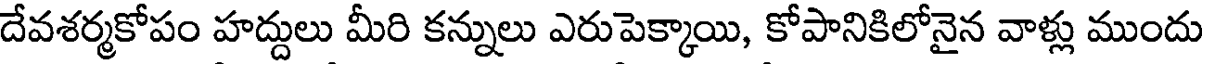
దేవశర్మకోపం హద్దులు మీరి కన్నులు ఎరుపెక్కాయి, కోపానికిలోనైన వాళ్లు ముందు